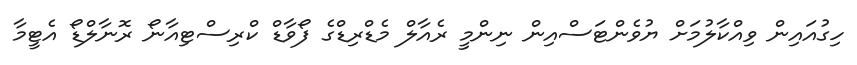
ހިގުއައިން ވިއްކާލުމަށް ޔުވެންޓަސްއިން ނިންމީ ރެއާލް މެޑްރިޑްގެ ފޯވާޑް ކްރިސްޓިއާނޯ ރޮނާލްޑޯ އެޓީމާ